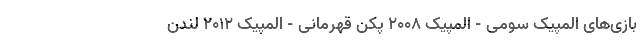
بازی‌های المپیک سومی - المپیک ۲۰۰۸ پکن قهرمانی - المپیک ۲۰۱۲ لندن